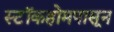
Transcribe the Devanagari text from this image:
स्टॉकहोमपासून